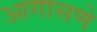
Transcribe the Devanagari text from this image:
आगासणे